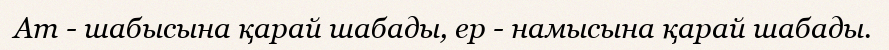
Ат - шабысына қарай шабады, ер - намысына қарай шабады.